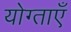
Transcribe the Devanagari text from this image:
योग्ताएँ